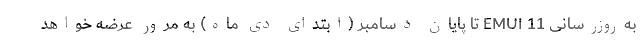
به‌روزرسانی EMUI 11 تا پایان دسامبر (ابتدای دی ماه) به مرور عرضه خواهد